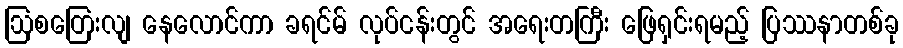
ဩစတြေးလျ နေလောင်ကာ ခရင်မ် လုပ်ငန်းတွင် အရေးတကြီး ဖြေရှင်းရမည့် ပြဿနာတစ်ခု